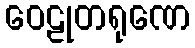
ဝေဠုတရုဏေ